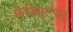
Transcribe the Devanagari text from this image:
फेन्रिसुल्फर